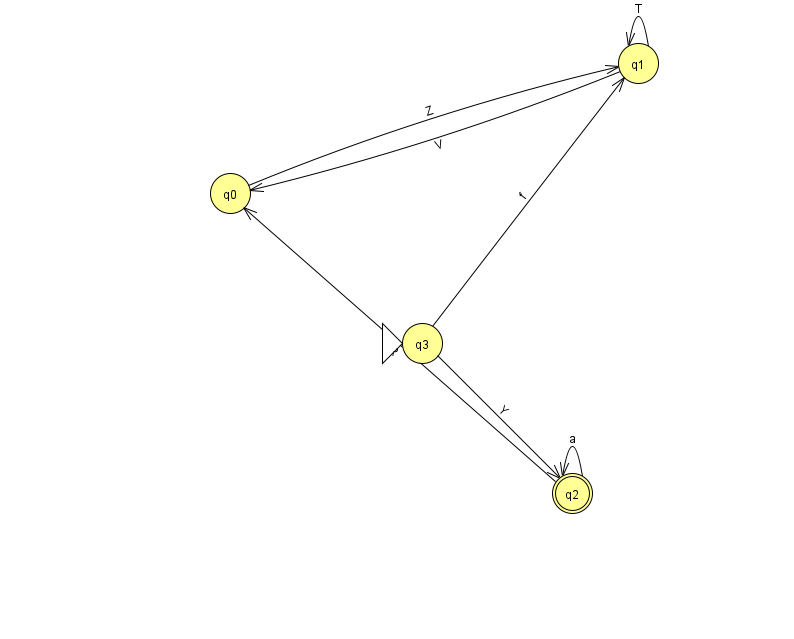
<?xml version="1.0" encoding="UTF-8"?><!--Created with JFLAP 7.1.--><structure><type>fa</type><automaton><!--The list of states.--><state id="0" name="q0"><x>230.0</x><y>180.0</y></state><state id="1" name="q1"><x>638.0</x><y>50.0</y></state><state id="2" name="q2"><x>572.0</x><y>480.0</y><final/></state><state id="3" name="q3"><x>422.0</x><y>330.0</y><initial/></state><!--The list of transitions.--><transition><from>3</from><to>2</to><read>Y</read></transition><transition><from>2</from><to>2</to><read>a</read></transition><transition><from>2</from><to>0</to><read>R</read></transition><transition><from>1</from><to>0</to><read>V</read></transition><transition><from>1</from><to>1</to><read>T</read></transition><transition><from>0</from><to>1</to><read>Z</read></transition><transition><from>3</from><to>1</to><read>f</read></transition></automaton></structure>